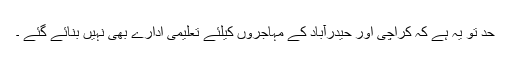
حد تو یہ ہے کہ کراچی اور حیدرآباد کے مہاجروں کیلئے تعلیمی ادارے بھی نہیں بنائے گئے ۔